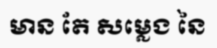
មាន តែ សម្លេង នៃ